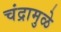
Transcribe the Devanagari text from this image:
चंद्रामुळे